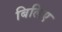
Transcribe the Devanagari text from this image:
बिलिए